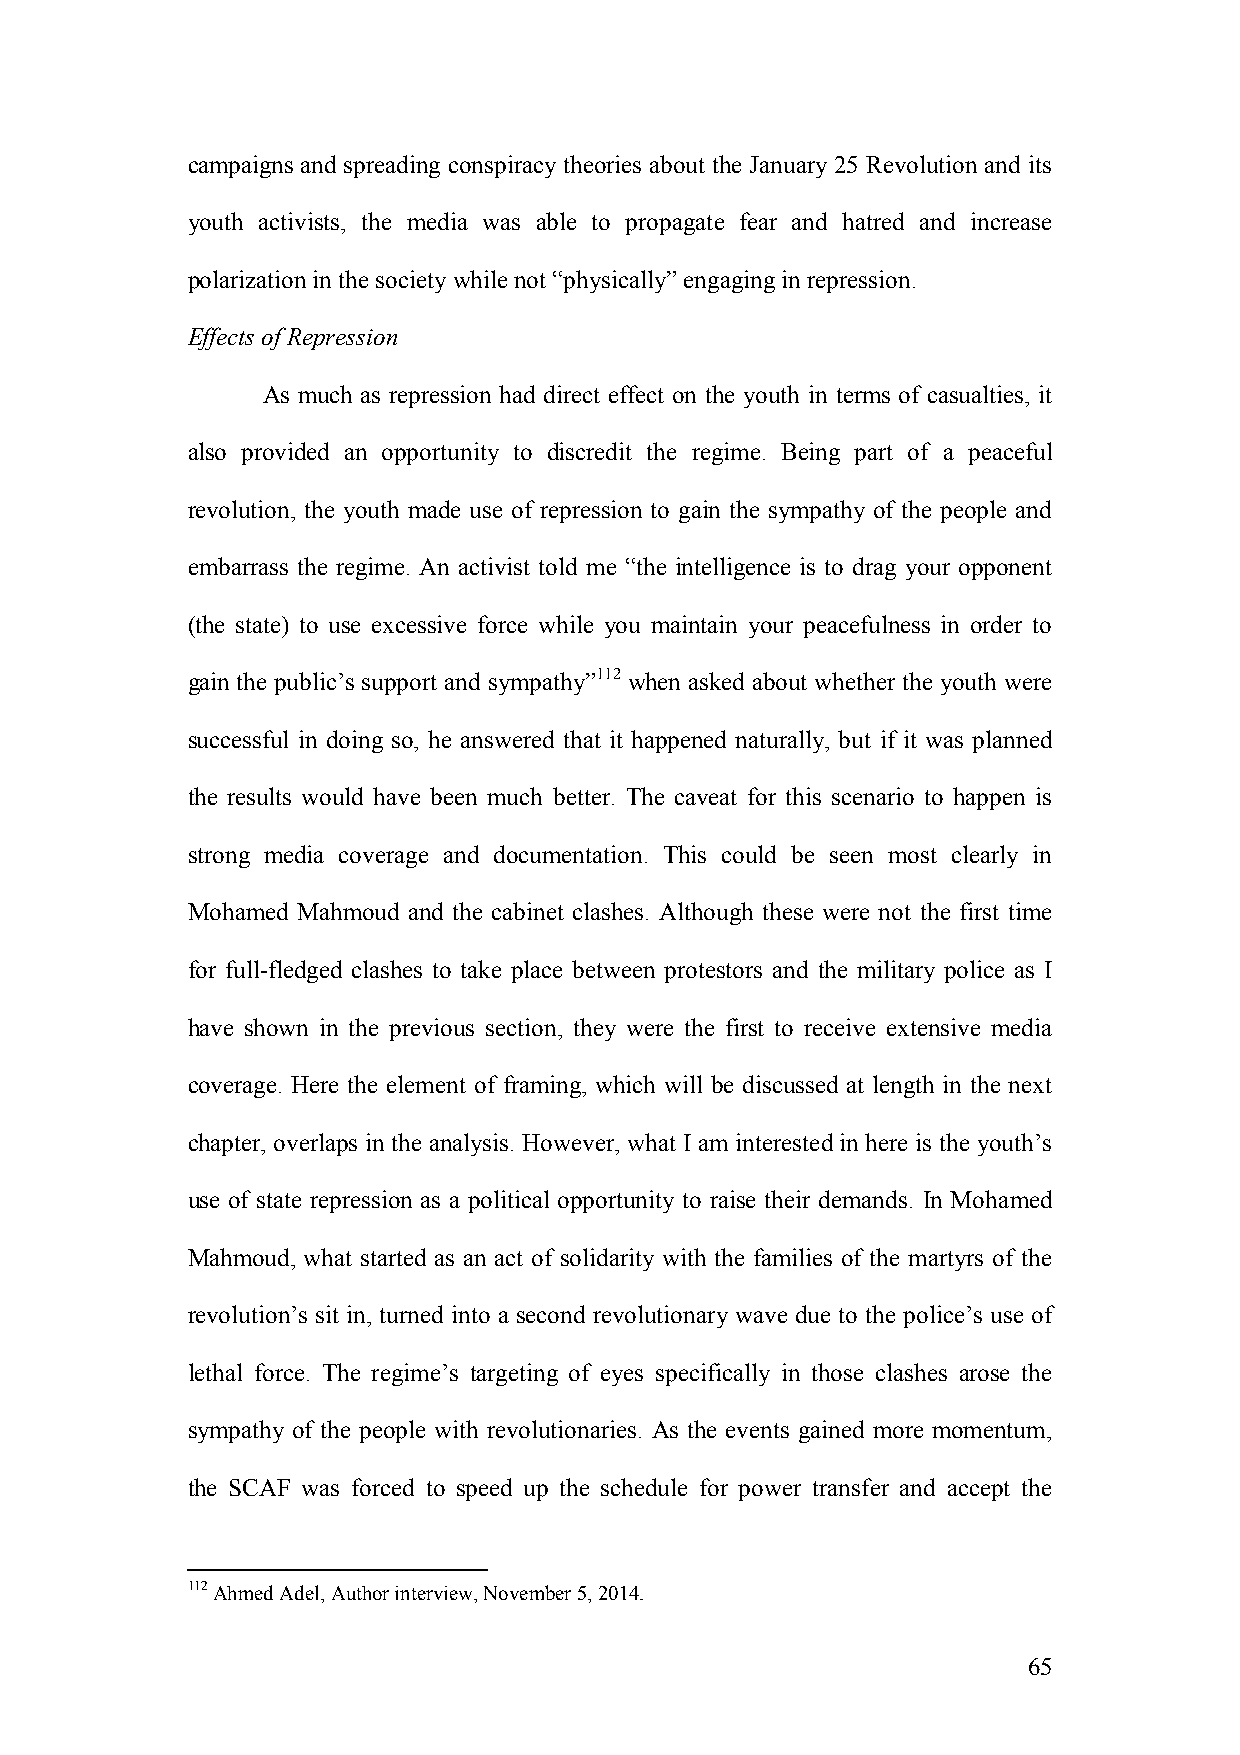
campaigns and spreading conspiracy theories about the January 25 Revolution and its
 youth activists, the media was able to propagate fear and hatred and increase
 polarization in the society while not “physically” engaging in repression.
 Effects of Repression
 As much as repression had direct effect on the youth in terms of casualties, it
 also provided an opportunity to discredit the regime. Being part of a peaceful
 revolution, the youth made use of repression to gain the sympathy of the people and
 embarrass the regime. An activist told me “the intelligence is to drag your opponent
 (the state) to use excessive force while you maintain your peacefulness in order to
 gain the public’s support and sympathy”112 when asked about whether the youth were
 successful in doing so, he answered that it happened naturally, but if it was planned
 the results would have been much better. The caveat for this scenario to happen is
 strong media coverage and documentation. This could be seen most clearly in
 Mohamed Mahmoud and the cabinet clashes. Although these were not the first time
 for full-fledged clashes to take place between protestors and the military police as I
 have shown in the previous section, they were the first to receive extensive media
 coverage. Here the element of framing, which will be discussed at length in the next
 chapter, overlaps in the analysis. However, what I am interested in here is the youth’s
 use of state repression as a political opportunity to raise their demands. In Mohamed
 Mahmoud, what started as an act of solidarity with the families of the martyrs of the
 revolution’s sit in, turned into a second revolutionary wave due to the police’s use of
 lethal force. The regime’s targeting of eyes specifically in those clashes arose the
 sympathy of the people with revolutionaries. As the events gained more momentum,
 the SCAF was forced to speed up the schedule for power transfer and accept the
 112 Ahmed Adel, Author interview, November 5, 2014.
 65